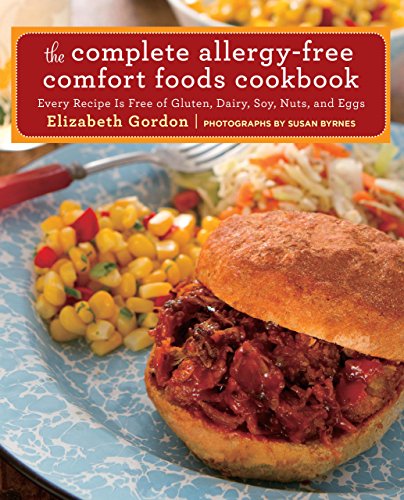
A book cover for Complete Allergy-Free Comfort Foods Cookbook: Every Recipe Is Free Of Gluten, Dairy, Soy, Nuts, And Eggs; Elizabeth Gordon; Health, Fitness & Dieting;